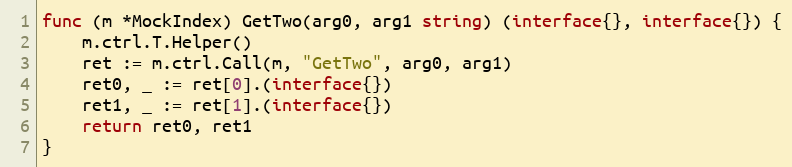
Language: Go
func (m *MockIndex) GetTwo(arg0, arg1 string) (interface{}, interface{}) {
	m.ctrl.T.Helper()
	ret := m.ctrl.Call(m, "GetTwo", arg0, arg1)
	ret0, _ := ret[0].(interface{})
	ret1, _ := ret[1].(interface{})
	return ret0, ret1
}